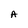
Character: A